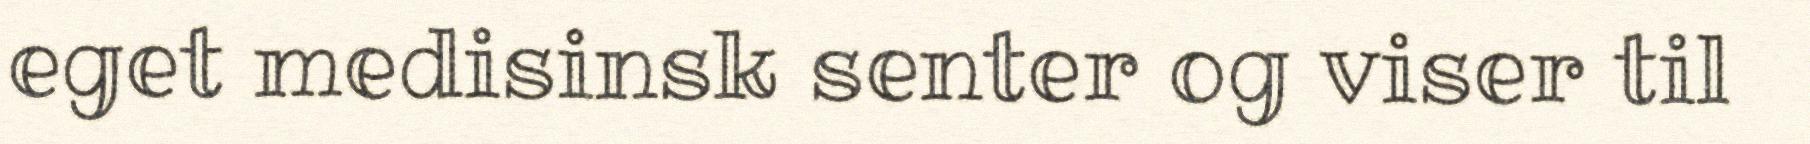
eget medisinsk senter og viser til